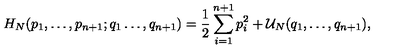
H _ { N } ( p _ { 1 } , \ldots , p _ { n + 1 } ; q _ { 1 } \ldots , q _ { n + 1 } ) = { \frac { 1 } { 2 } } \sum _ { i = 1 } ^ { n + 1 } p _ { i } ^ { 2 } + { \cal U } _ { N } ( q _ { 1 } , \ldots , q _ { n + 1 } ) ,